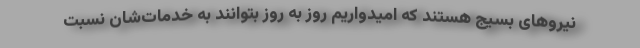
نیروهای بسیج هستند که امیدواریم روز به روز بتوانند به خدمات‌شان نسبت